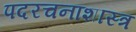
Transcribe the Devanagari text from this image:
पदरचनाशास्त्र